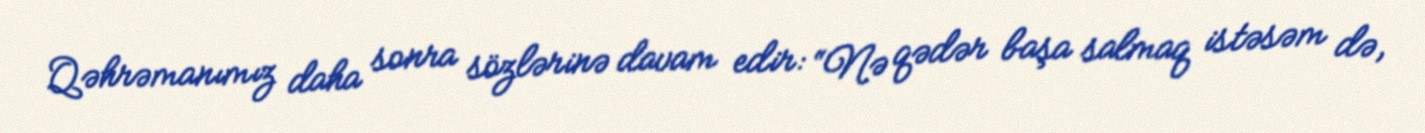
Qəhrəmanımız daha sonra sözlərinə davam edir: “Nə qədər başa salmaq istəsəm də,